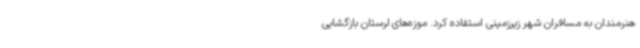
هنرمندان به مسافران شهر زیرزمینی استفاده کرد. موزه‌های لرستان بازگشایی